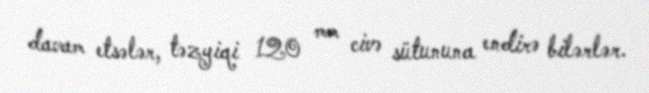
davam etsələr, təzyiqi 120 mm civə sütununa endirə bilərlər.